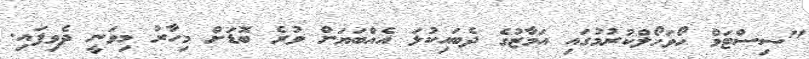
"ސިސްޓަމް ހޯވަހޯލްކުރުމުގައި އަމާޒުގެ ދެބައިކުޅަ އެއްބަޔަށް ވުރެ ބޮޑަށް މިހާރު މިވަނީ ދެވިފައި.